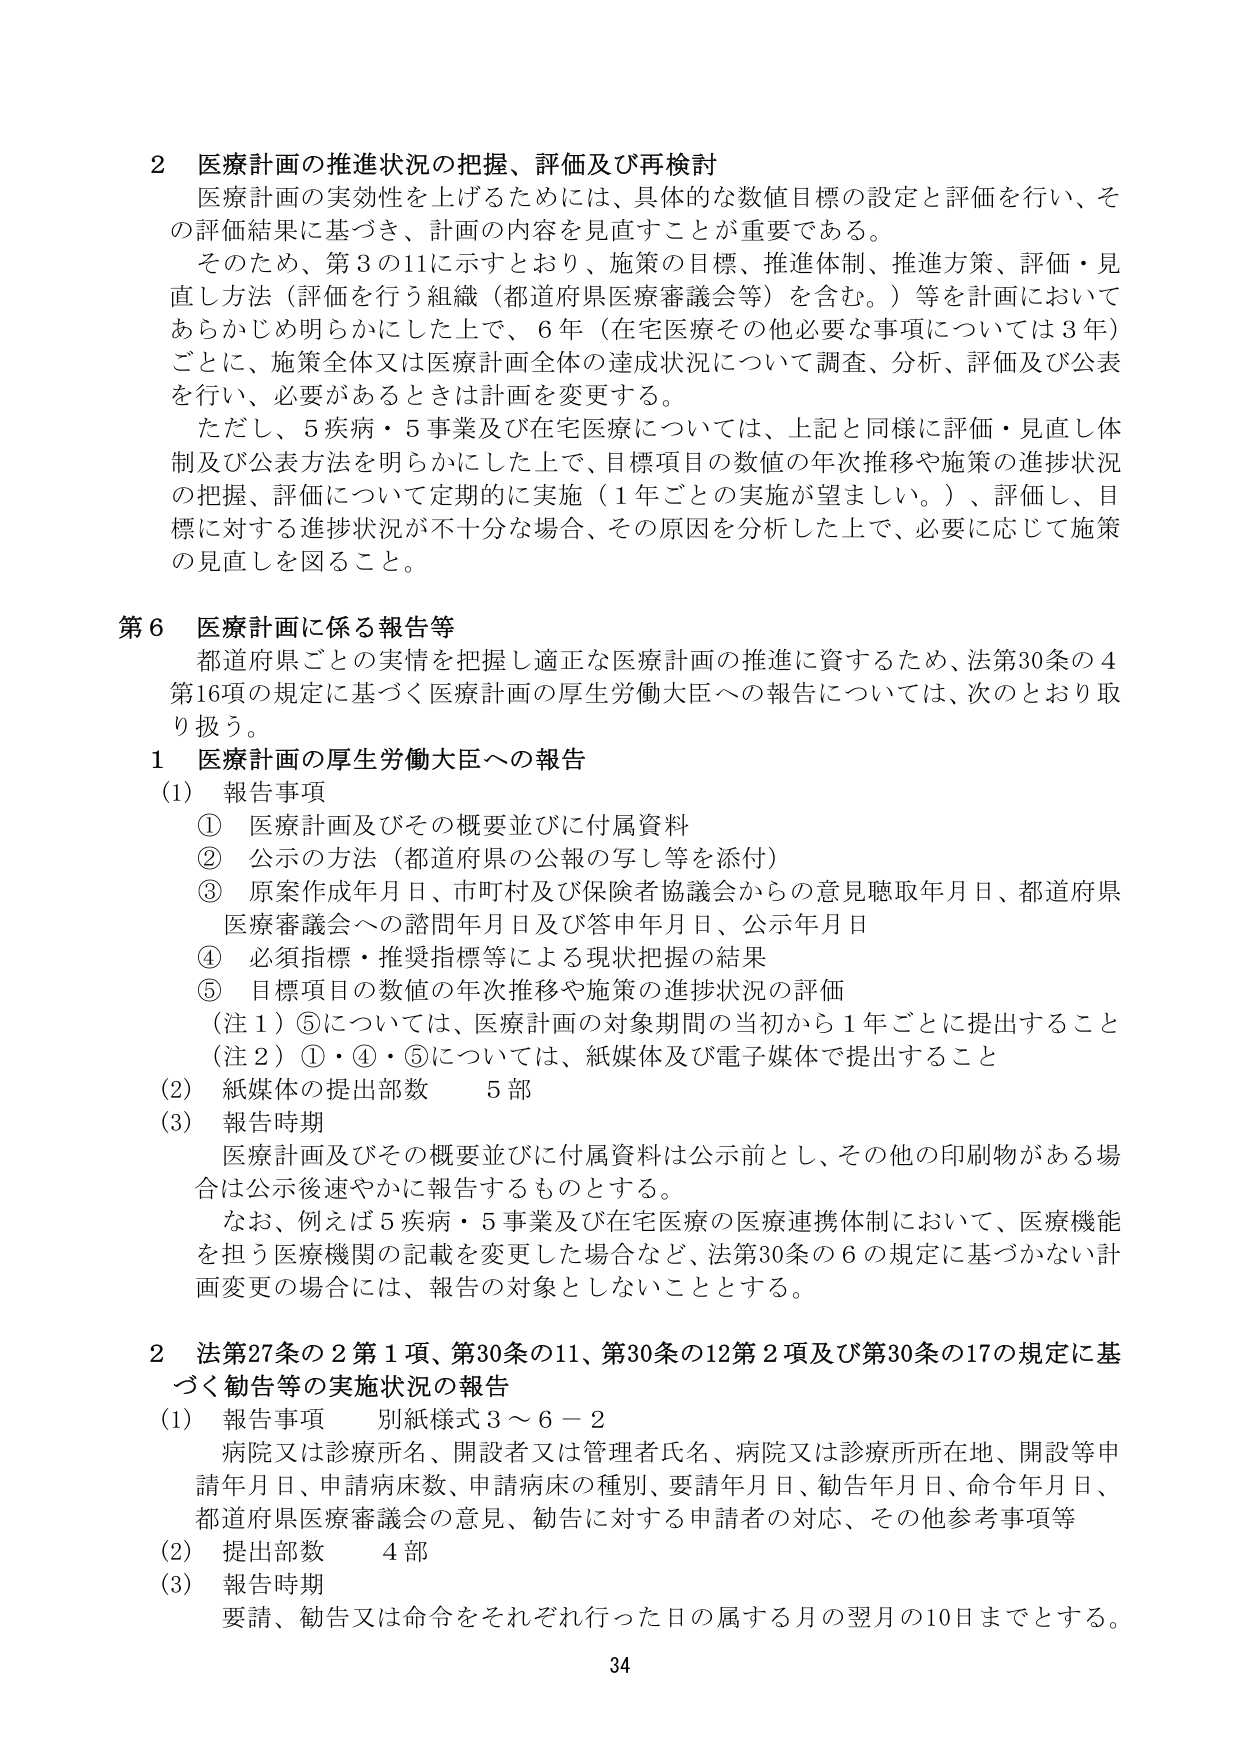
2 医療計画の推進状況の把握、評価及び再検討
医療計画の実効性を上げるためには、具体的な数値目標の設定と評価を行い、その評価結果に基づき、計画の内容を見直すことが重要である。
そのため、第3の11に示すとおり、施策の目標、推進体制、推進方策、評価・見直し方法（評価を行う組織（都道府県医療審議会等）を含む。）等を計画においてあらかじめ明らかにした上で、6年（在宅医療その他必要な事項については3年）ごとに、施策全体又は医療計画全体の達成状況について調査、分析、評価及び公表を行い、必要があるときは計画を変更する。
ただし、5疾病・5事業及び在宅医療については、上記と同様に評価・見直し体制及び公表方法を明らかにした上で、目標項目の数値の年次推移や施策の進捗状況の把握、評価について定期的に実施（1年ごとの実施が望ましい。）、評価し、目標に対する進捗状況が不十分な場合、その原因を分析した上で、必要に応じて施策の見直しを図ること。

第6 医療計画に係る報告等
都道府県ごとの実情を把握し適正な医療計画の推進に資するため、法第30条の4第16項の規定に基づく医療計画の厚生労働大臣への報告については、次のとおり取り扱う。

1 医療計画の厚生労働大臣への報告
(1) 報告事項
① 医療計画及びその概要並びに付属資料
② 公示の方法（都道府県の公報の写し等を添付）
③ 原案作成年月日、市町村及び保険者協議会からの意見聴取年月日、都道府県医療審議会への諮問年月日及び答申年月日、公示年月日
④ 必須指標・推奨指標等による現状把握の結果
⑤ 目標項目の数値の年次推移や施策の進捗状況の評価
（注1）⑤については、医療計画の対象期間の当初から1年ごとに提出すること
（注2）①・④・⑤については、紙媒体及び電子媒体で提出すること
(2) 紙媒体の提出部数 5部
(3) 報告時期
医療計画及びその概要並びに付属資料は公示前とし、その他の印刷物がある場合は公示後速やかに報告するものとする。
なお、例えば5疾病・5事業及び在宅医療の医療連携体制において、医療機能を担う医療機関の記載を変更した場合など、法第30条の6の規定に基づかない計画変更の場合には、報告の対象としないこととする。

2 法第27条の2第1項、第30条の11、第30条の12第2項及び第30条の17の規定に基づく勧告等の実施状況の報告
(1) 報告事項 別紙様式3～6－2
病院又は診療所名、開設者又は管理者氏名、病院又は診療所所在地、開設等申請年月日、申請病床数、申請病床の種別、要請年月日、勧告年月日、命令年月日、都道府県医療審議会の意見、勧告に対する申請者の対応、その他参考事項等
(2) 提出部数 4部
(3) 報告時期
要請、勧告又は命令をそれぞれ行った日の属する月の翌月の10日までとする。

34